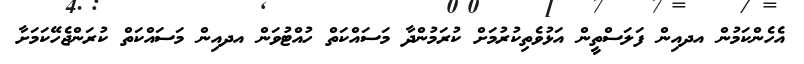
އެހެންކަމުން އދއިން ފަލަސްތީން އަޅުވެތިކުރުމަށް ކުރަމުންދާ މަސައްކަތް ހުއްޓުވަން އދއިން މަސައްކަތް ކުރަންޖެހޭކަމަށާ